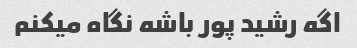
اگه رشید پور باشه نگاه میکنم